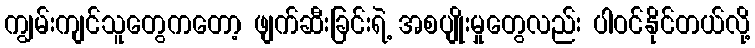
ကျွမ်းကျင်သူတွေကတော့ ဖျက်ဆီးခြင်းရဲ့ အစပျိုးမှုတွေလည်း ပါဝင်နိုင်တယ်လို့